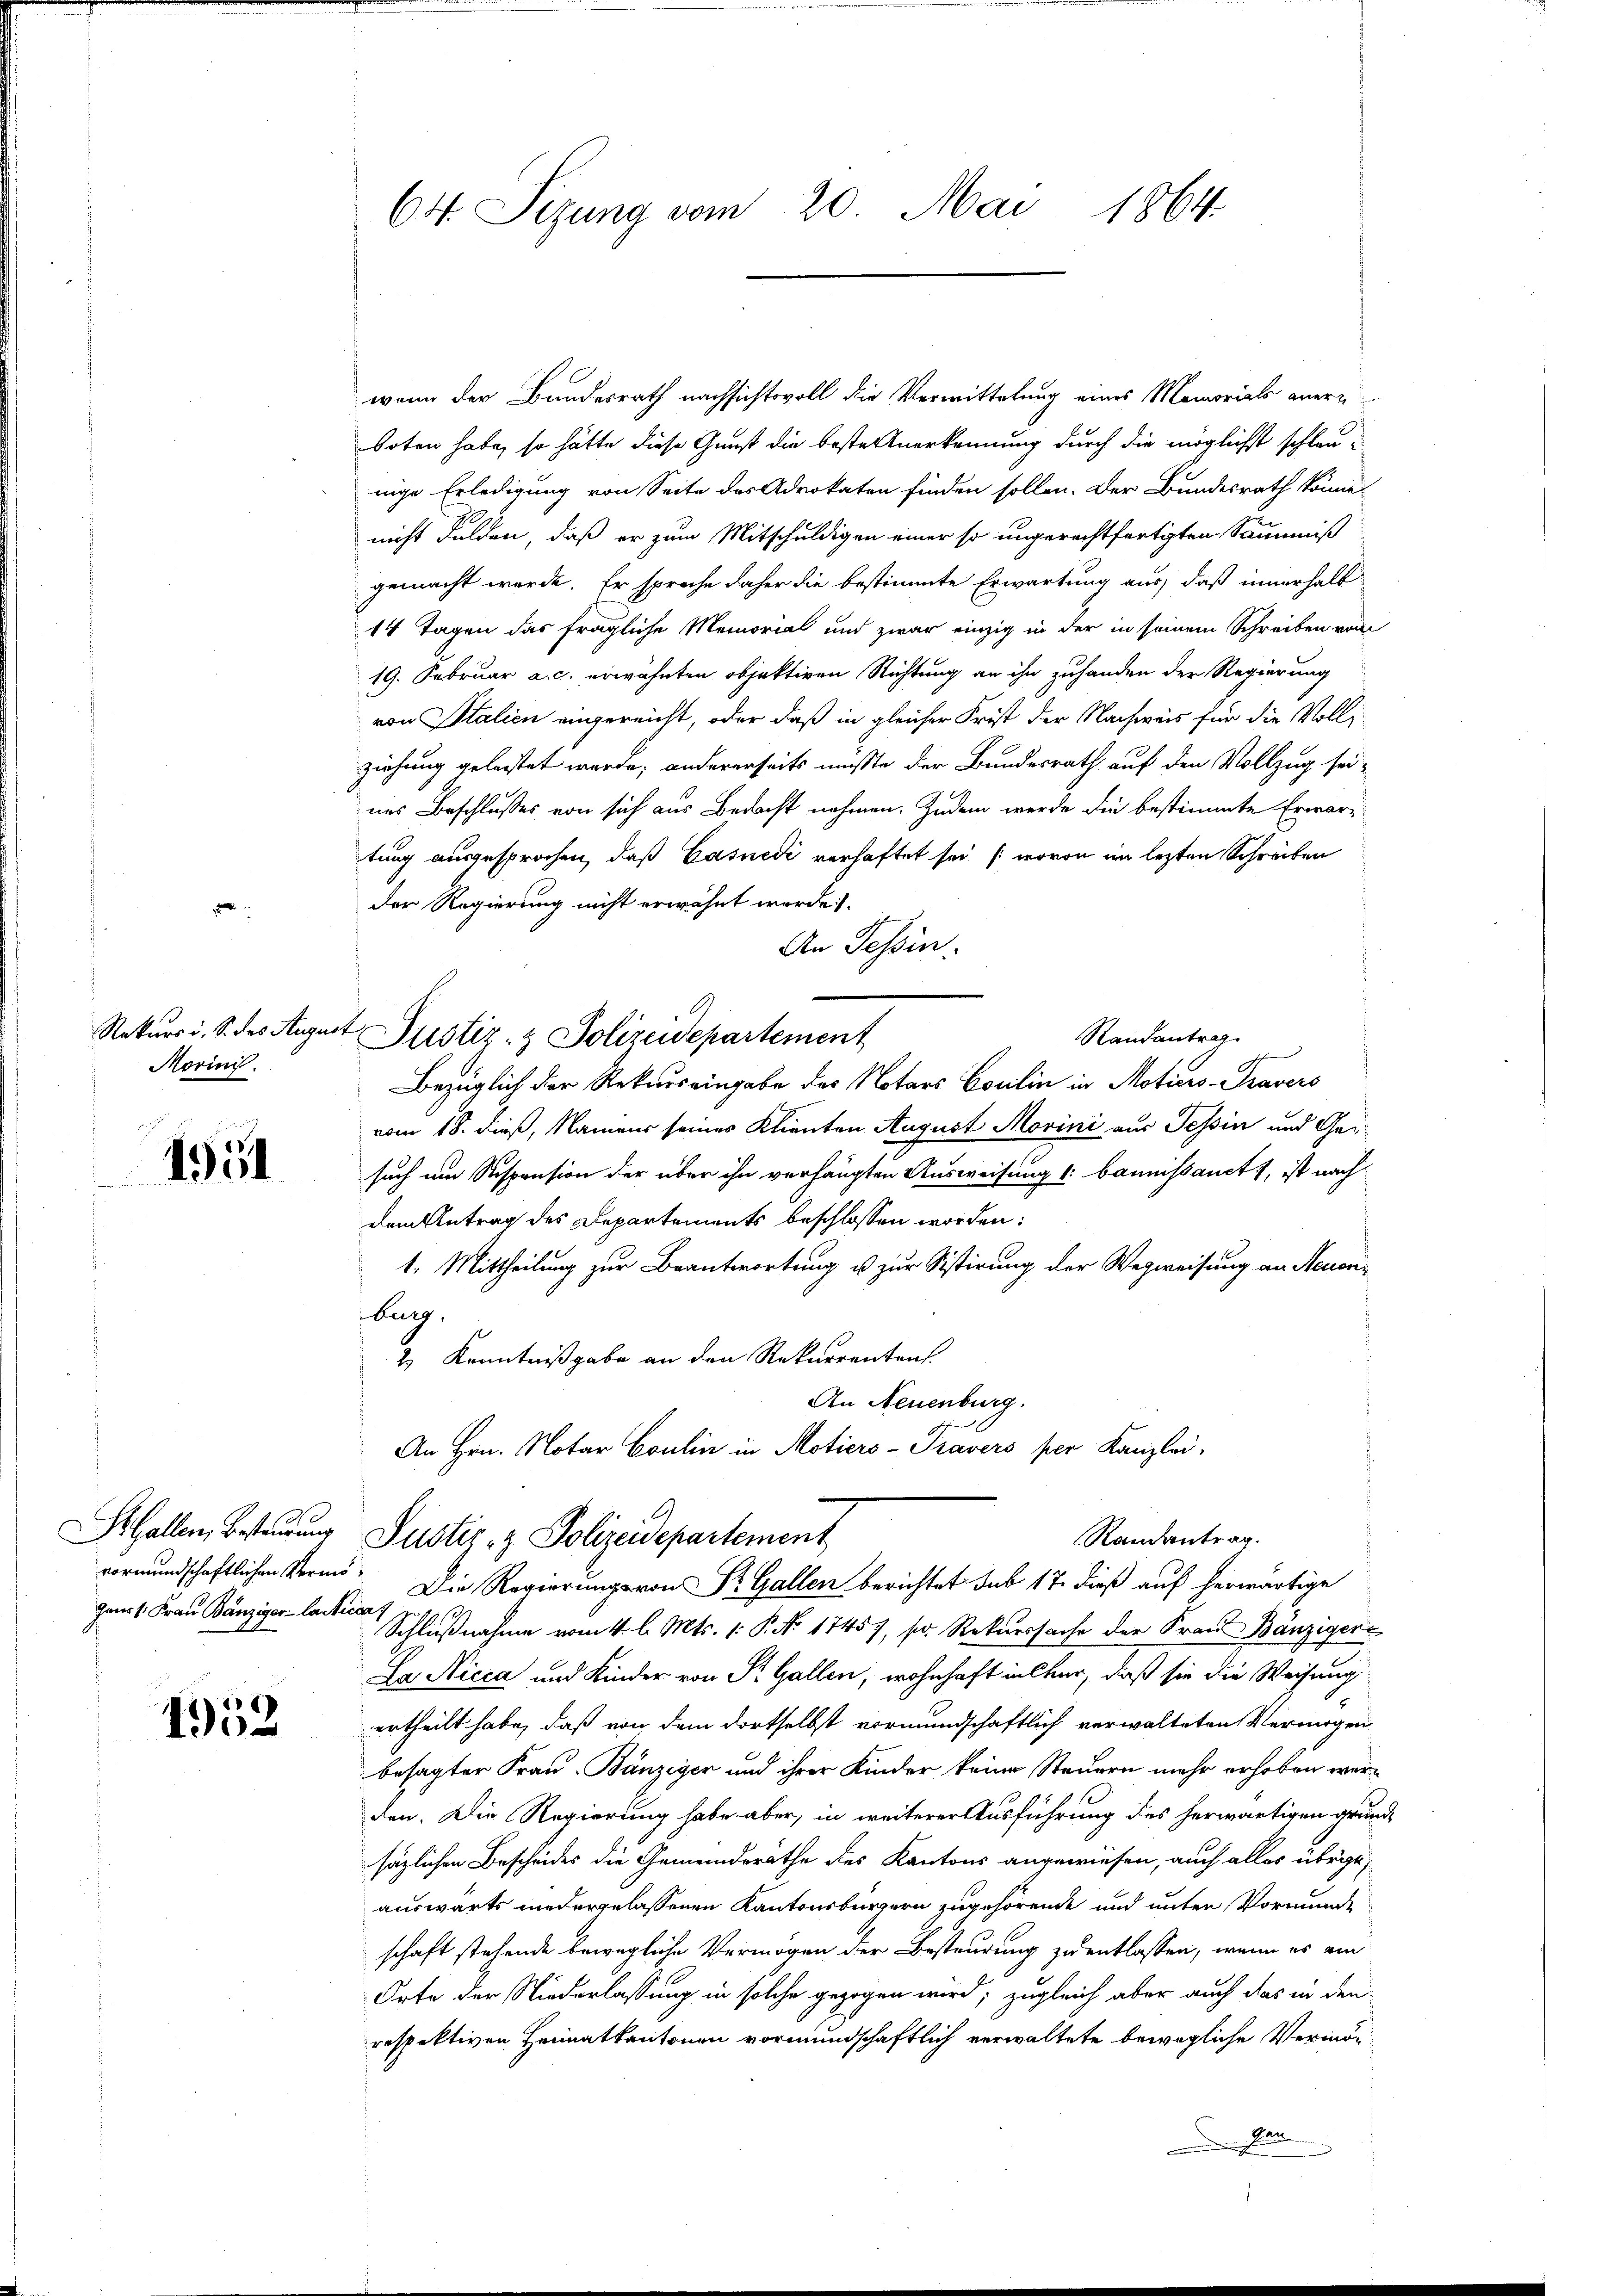
Rekurs i. S. des Augus
Morinis.

1951

Gallen, Besteurung
Geurs Frau Bänziger- laicca,

1952

64. Sizung vom 20. Mai 1864.

wenn der Bundesrath nachsichtsvoll die Vermittelung eines Memorials anern
boten habe, so hätte diese Gunst die beste Anerkennung durch die möglichst schlau
nige Erledigung von Seite des Advokaten finden sollen. Der Bundesrath könne
nicht dulden, daß er zum Mitschuldigen einer so ungerechtfertigten Säumniß
gemacht werde. Er spreche daher die bestimmte Erwartung aus, daß innerhalb
14 Tagen das fragliche Memorial und zwar einzig in der in seinem Schreiben vom
19. Februar a. c. erwähnten objektiven Richtung an ihn zuhanden der Regierung
von Stalien eingereicht, oder daß in gleicher Frist der Nachweis für die Vollziehung geleitet werde; andererseits müßte der Bundesrath auf den Vollzug seines Beschlusses von sich aus Bedacht nehmen. Zudem werde die bestimmte Erwar-
tung ausgesprochen, daß Casnedi verhaftet sei (wovon im lezten Schreiben
der Regierung nicht erwähnt werde
An Tessin.
E
Randantrag
Justiz- & Polizeidepartement

Bezüglich der Rekurs eingabe des Notars Coulin in Motiers-Pravers
vom 18. dieß, Namens seines Klienten August Morini aus Tessin und Gesuch um Suspension der über ihn verhängten Ausweisung 1: baunissanct), ist nach
dem Antrag des Departements beschlossen worden:
1. Mittheilung zur Beantwortung u. zur Sistirung der Wegweisung an Neuenburg,
2.) Kenntnißgabe an den Rekurrenten.
An Neuenburg.
An Hrn. Notar Coulin in Motiers-Travers per Kanzlei,
Randantrag.
Justiz- & Polizeidepartement
vormundschaftlichen Vermö¬ Die Regierung von St. Gallen berichtet sub 17. dieß auf herwärtige
Schlußnahme vom 4. l. Mts. 1. P. No 17457, s. Rekurssache der Frau Bänziger
La Nicca und Kinder von St. Gallen, wohnhaft in Chur, daß sie die Weisung
ertheilt habe, daß von dem dortselbst vormundschaftlich verwalteten Vermögen
besagter Frau-Bänziger und ihrer Kinder keine Steuern mehr erhoben werden. Die Regierung habe aber, in weiterer Ausführung des herwärtigen grund
säzlichen Bescheides die Gemeindsräthe des Kantons angewiesen, auch alles übrige,
auswärts niedergelassenen Kantonsbürgern zugehörende und unter Vormunde
schaft stehende bewegliche Vermögen der Besteurung zu entlassen, wenn es am
Orte der Niederlassung in solche gezogen wird; zugleich aber auch das in den
respektiven Heimatkantonen vormundschaftlich verwaltete bewegliche Vermög
Gane
.